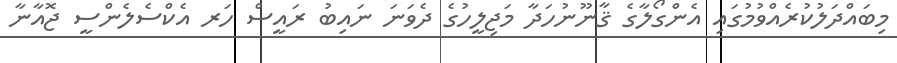
މިބައްދަލުކުރެއްވުމުގައި އެންގޯލާގެ ޤާނޫނުހަދާ މަޖިލީހުގެ ދެވަނަ ނައިބު ރައީސް ހަރ އެކްސެލެންސީ ޖޮއާނާ